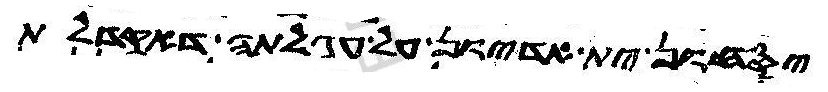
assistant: יסחון ית אדיון על עגלתה דאקדלת